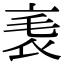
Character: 𧘝